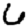
Digit: 6